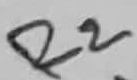
Text: R2